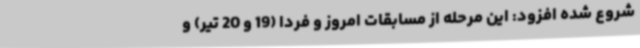
شروع شده افزود: این مرحله از مسابقات امروز و فردا (19 و 20 تیر) و